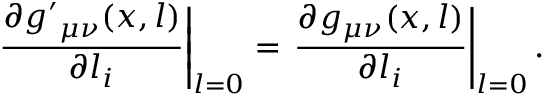
\left. \frac { \partial { g ^ { \prime } } _ { \mu \nu } ( x , l ) } { \partial l _ { i } } \right| _ { l = 0 } = \left. \frac { \partial g _ { \mu \nu } ( x , l ) } { \partial l _ { i } } \right| _ { l = 0 } .